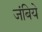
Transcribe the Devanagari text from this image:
जंबिये